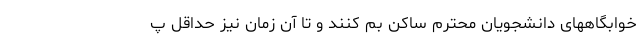
خوابگاههای دانشجویان محترم ساکن بم کنند و تا آن زمان نیز حداقل‌ پ